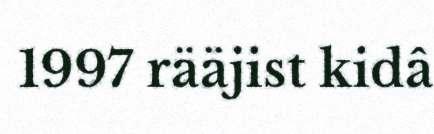
1997 rääjist kidâ